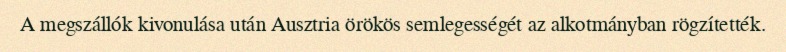
A megszállók kivonulása után Ausztria örökös semlegességét az alkotmányban rögzítették.